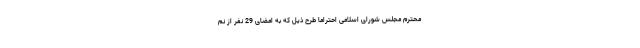
محترم مجلس شورای اسلامی احتراماً طرح ذیل که به امضای 29 نفر از نم